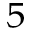
_ 5